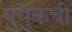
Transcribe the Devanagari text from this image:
गुयुकची